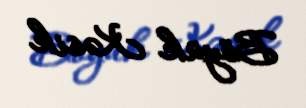
Böyük Kəsik